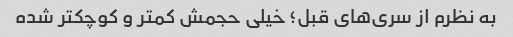
به نظرم‌ از سری‌های قبل؛ خیلی حجمش کمتر و کوچکتر شده